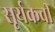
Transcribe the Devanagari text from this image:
सूर्यकवी